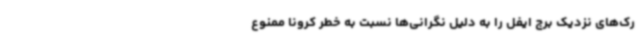
رک‌های نزدیک برج ایفل را به دلیل نگرانی‌ها نسبت به خطر کرونا ممنوع